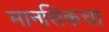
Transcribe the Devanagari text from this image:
मानसिकचा